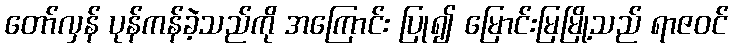
တော်လှန် ပုန်ကန်ခဲ့သည်ကို အကြောင်း ပြု၍ မြောင်းမြမြို့သည် ရာဇဝင်